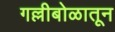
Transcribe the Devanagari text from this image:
गल्लीबोळातून